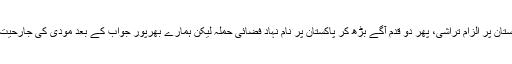
پہلے پلوامہ سانحہ اور اس میں پاکستان پر الزام تراشی، پھر دو قدم آگے بڑھ کر پاکستان پر نام نہاد فضائی حملہ لیکن ہمارے بھرپور جواب کے بعد مودی کی جارحیت دودھ کے ابال کی طرح بیٹھ گئی۔